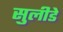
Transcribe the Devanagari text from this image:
सुलीडे